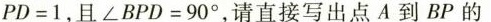
PD=1，且$$∠ B P D = 9 0 °$$，请直接写出点A到BP的